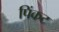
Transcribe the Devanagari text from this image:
पिंकट